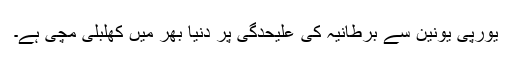
یورپی یونین سے برطانیہ کی علیحدگی پر دنیا بھر میں کھلبلی مچی ہے۔